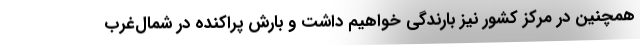
همچنین در مرکز کشور نیز بارندگی خواهیم داشت و بارش پراکنده در شمال‌غرب